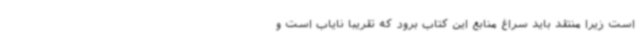
است زیرا منتقد باید سراغ منابع این کتاب برود که تقریبا نایاب است و